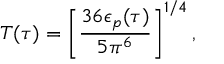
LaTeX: T ( \tau ) = \left[ { \frac { 3 6 \epsilon _ { p } ( \tau ) } { 5 \pi ^ { 6 } } } \right] ^ { 1 / 4 } ,